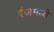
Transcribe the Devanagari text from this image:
रेंजमध्ये